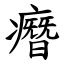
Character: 㿊